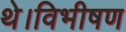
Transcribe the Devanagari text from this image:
थे।विभीषण